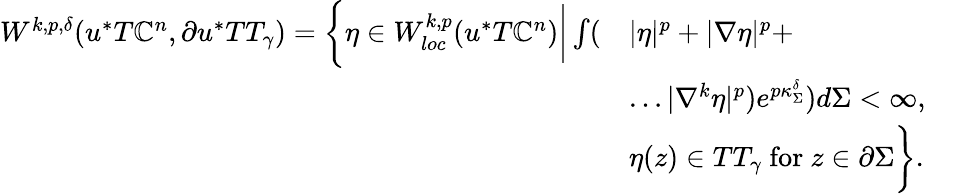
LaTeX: \begin{array}{rl}{W^{k,p,\delta}(u^{*}T\mathbb{C}^{n},\partial u^{*}TT_{\gamma})=\bigg\{ \eta\in W_{loc}^{k,p}(u^{*}T\mathbb{C}^{n})\bigg|\int(}&{|\eta|^{p}+|\nabla\eta|^{p}+}\\ &{\dots|\nabla^{k}\eta|^{p})e^{p\kappa_{\Sigma}^{\delta}})d\Sigma<\infty,\quad}\\ &{\eta(z)\in TT_{\gamma}\mathrm{~for~}z\in\partial\Sigma\bigg\} .}\end{array}